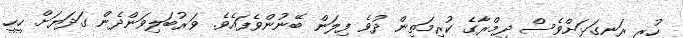
ހުރީ ރަނގަޅަށްވެސް ދިމްރާގެ ކުރިމަތިން ދުވެ ފިލަން ބޭނުންވެފައެވެ. ވަރުބަލިވަންދެން ގަދަޔަށް ހީހީ